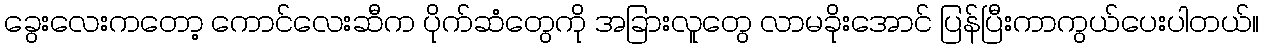
ခွေးလေးကတော့ ကောင်လေးဆီက ပိုက်ဆံတွေကို အခြားလူတွေ လာမခိုးအောင် ပြန်ပြီးကာကွယ်ပေးပါတယ်။